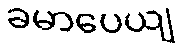
ခမာပေယျ